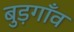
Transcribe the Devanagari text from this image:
बुड़गाँव